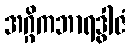
အဂ္ဂိကဘာရဒွါဇံ